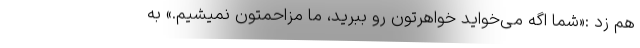
هم زد :«شما اگه می‌خواید خواهرتون رو ببرید، ما مزاحمتون نمیشیم.» به